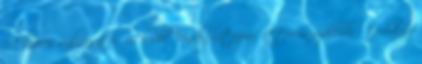
A lézeres súlyvesztés működik Vendéglátóipar, étterem, szálloda - tudakozó